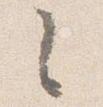
々